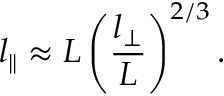
l _ { \| } \approx L \left( \frac { l _ { \perp } } { L } \right) ^ { 2 / 3 } .